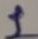
Text: 1